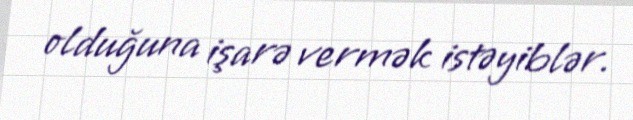
olduğuna işarə vermək istəyiblər.